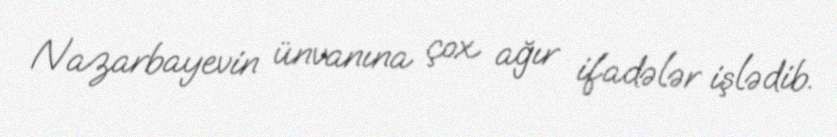
Nazarbayevin ünvanına çox ağır ifadələr işlədib.